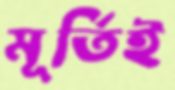
মূর্তিই